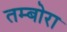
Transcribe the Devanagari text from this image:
तम्बोरा